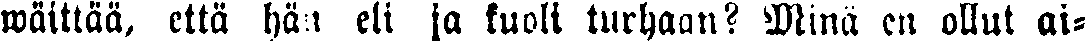
wäittä, että hän eli ja kuoli turhaan? Minä en ollut ai-